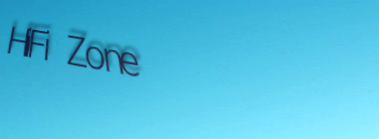
HiFi Zone